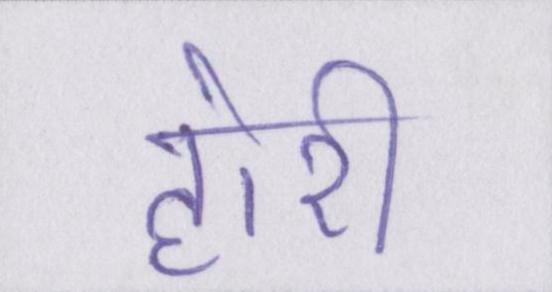
होरी